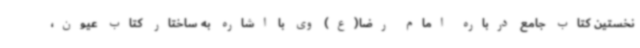
نخستین کتاب جامع درباره امام رضا(ع) وی با اشاره به ساختار کتاب عیون،